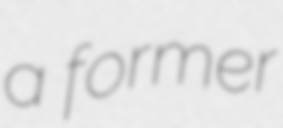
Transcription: a former